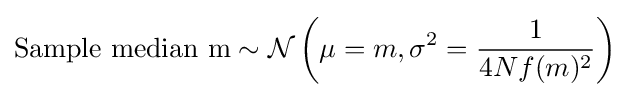
{\text{Sample median m}}\sim {\mathcal {N}}\left(\mu =m,\sigma ^{2}={\frac {1}{4Nf(m)^{2}}}\right)